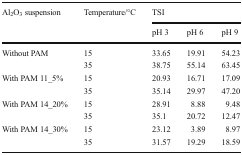
<table><thead><tr><td rowspan="2"><b>Al<sub>2</sub>O<sub>3</sub> suspension</b></td><td rowspan="2"><b>Temperature/°C</b></td><td colspan="3"><b>TSI</b></td></tr><tr><td><b>pH 3</b></td><td><b>pH 6</b></td><td><b>pH 9</b></td></tr></thead><tbody><tr><td rowspan="2">Without PAM</td><td>15</td><td>33.65</td><td>19.91</td><td>54.23</td></tr><tr><td>35</td><td>38.75</td><td>55.14</td><td>63.45</td></tr><tr><td rowspan="2">With PAM 11_5%</td><td>15</td><td>20.93</td><td>16.71</td><td>17.09</td></tr><tr><td>35</td><td>35.14</td><td>29.97</td><td>47.20</td></tr><tr><td rowspan="2">With PAM 14_20%</td><td>15</td><td>28.91</td><td>8.88</td><td>9.48</td></tr><tr><td>35</td><td>35.1</td><td>20.72</td><td>12.47</td></tr><tr><td rowspan="2">With PAM 14_30%</td><td>15</td><td>23.12</td><td>3.89</td><td>8.97</td></tr><tr><td>35</td><td>31.57</td><td>19.29</td><td>18.59</td></tr></tbody></table>